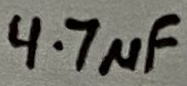
Text: 4.7µF